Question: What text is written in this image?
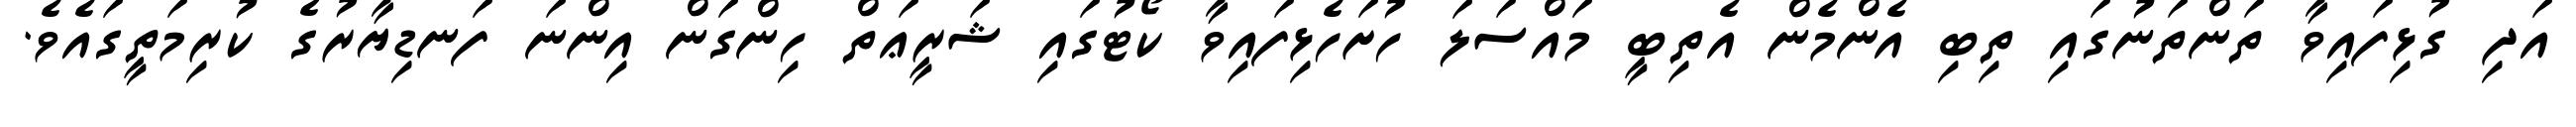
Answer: އަދި ގުޅިފައިވާ ތަންތަނުގައި ތިބި އެންމެން އެތިބީ މައްސަލަ ހުށަހެޅިފައިވާ ކޯޓުގައި ޝަރީޢަތް ހިންގަން އިންނަ ފަނޑިޔާރުގެ ކުރިމަތީގައެވެ.